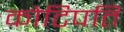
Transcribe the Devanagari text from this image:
कोटिपति